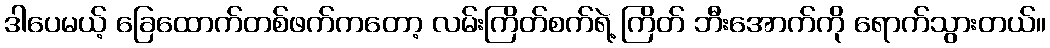
ဒါပေမယ့် ခြေထောက်တစ်ဖက်ကတော့ လမ်းကြိတ်စက်ရဲ့ ကြိတ် ဘီးအောက်ကို ရောက်သွားတယ်။